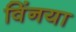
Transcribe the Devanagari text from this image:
विंनया